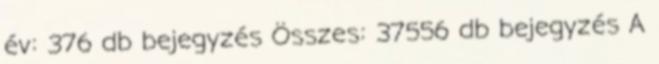
év: 376 db bejegyzés Összes: 37556 db bejegyzés A